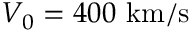
V _ { 0 } = 4 0 0 ~ \mathrm { k m / s }